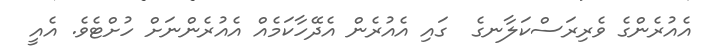
އެއުރެންގެ ވެރިރަސްކަލާނގެ  ގައި އެއުރެން އެދޭހާކަމެއް އެއުރެންނަށް ހުށްޓެވެ. އެއީ